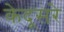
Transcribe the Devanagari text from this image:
केदूसरे